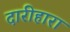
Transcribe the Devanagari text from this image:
दारीहारा